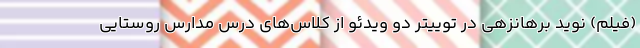
(فیلم) نوید برهانزهی در توییتر دو ویدئو از کلاس‌های درس مدارس روستایی